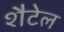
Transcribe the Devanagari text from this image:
शैटेल